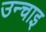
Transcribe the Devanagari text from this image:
उन्चाइ